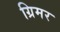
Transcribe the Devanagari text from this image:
ग्रिमर